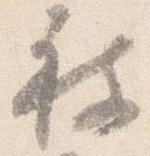
被